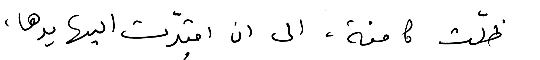
ظلّت كامنة، الى ان امتدّت اليها يدها،